Source: Computer-generated
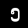
Digit: ၅ (5)